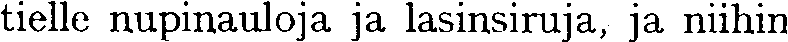
tielle nupinauloja ja lasinsiruja, ja niihin